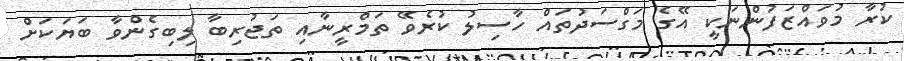
ކުރާ މުވައްޒަފުންނަކީ އޭގެ މަގްސަދުތައް ހާސިލު ކުރެވޭ ތަމްރީނާއި ތަޖުރިބާ ލިބިގެންވާ ބަޔަކަށް